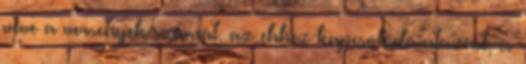
véve a versenyek számát, az ehhez kapcsolódó utazást, és